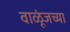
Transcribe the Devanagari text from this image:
वाळूंजच्या